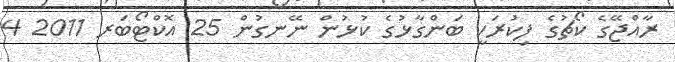
ރާއްޖޭގެ ކޯޗުގެ ފިކުރަކީ ބަންގާޅުގެ ކުޅުން ނޭނގުން 25 އޮކްޓޯބަރ 2011 4